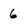
Character: 6